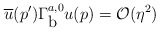
\begin{align*}\overline u(p^\prime)\Gamma^{a,0}_{\mbox {b}}u(p) = {\cal O} (\eta^2)\end{align*}